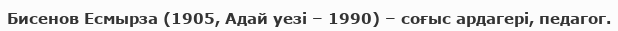
Бисенов Есмырза (1905, Адай уезі – 1990) – соғыс ардагері, педагог.